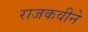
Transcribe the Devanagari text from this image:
राजकवीने